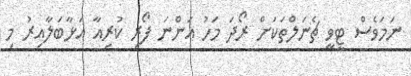
ނަމަވެސް ޓީވީ ޗެނަލްތަކަށް ރޯދަ މަހު އަންނަ ފޯރި ކުރިއާ އަޅާބަލާއިރު މި